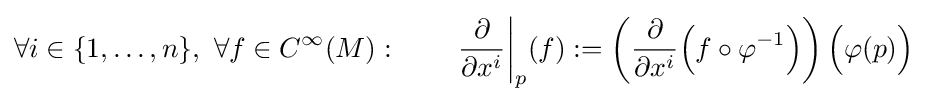
\forall i\in \{1,\ldots ,n\},~\forall f\in {C^{\infty }}(M):\qquad {\left.{\frac {\partial }{\partial x^{i}}}\right|_{p}}(f):=\left({\frac {\partial }{\partial x^{i}}}{\Big (}f\circ \varphi ^{-1}{\Big )}\right){\Big (}\varphi (p){\Big )}